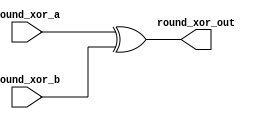
module round_xor(
	input [127:0] round_xor_a,
	input [127:0] round_xor_b,
	output [127:0] round_xor_out
	);

assign round_xor_out = round_xor_a ^ round_xor_b;

endmodule